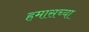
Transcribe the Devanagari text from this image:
हमासच्या